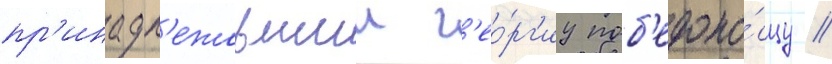
пр'инадл'ежавшии г'ео́рг'иу поб'едоно́сцу //